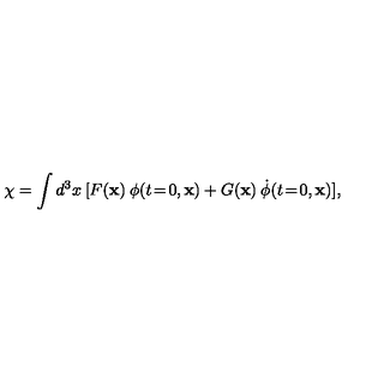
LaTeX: \chi = \int d ^ { 3 } x \: [ F ( \mathbf { x } ) \: \phi ( t \! = \! 0 , \mathbf { x } ) + G ( \mathbf { x } ) \: \dot { \phi } ( t \! = \! 0 , \mathbf { x } ) ] ,